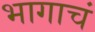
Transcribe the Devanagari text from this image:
भागाचं